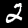
Label: 2